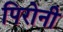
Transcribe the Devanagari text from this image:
पिरोनी